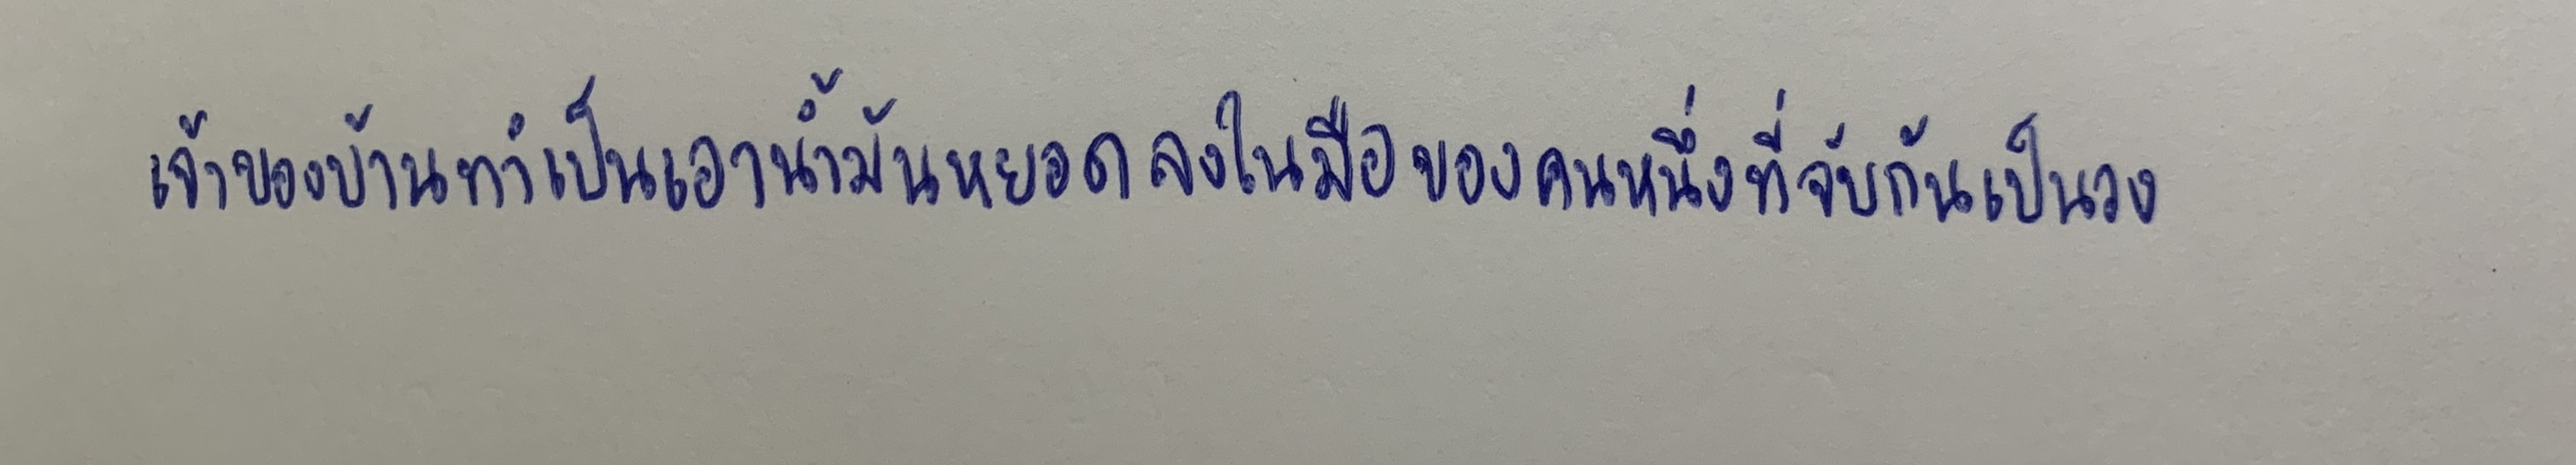
เจ้าของบ้านทำเป็นเอาน้ำมันหยอดลงในมือของคนหนึ่งที่จับกันเป็นวง